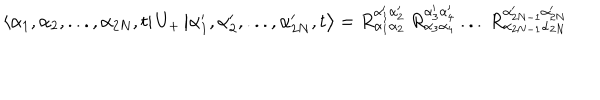
LaTeX: \left\langle \alpha _ { 1 } , \alpha _ { 2 } , . . . , \alpha _ { 2 N } , t \right| U _ { + } \left| \alpha _ { 1 } ^ { \prime } , \alpha _ { 2 } ^ { \prime } , . . . , \alpha _ { 2 N } ^ { \prime } , t \right\rangle = R _ { \alpha _ { 1 } \alpha _ { 2 } } ^ { \alpha _ { 1 } ^ { \prime } \alpha _ { 2 } ^ { \prime } } \: R _ { \alpha _ { 3 } \alpha _ { 4 } } ^ { \alpha _ { 3 } ^ { \prime } \alpha _ { 4 } ^ { \prime } } \: . . . \: R _ { \alpha _ { 2 N - 1 } \alpha _ { 2 N } } ^ { \alpha _ { 2 N - 1 } ^ { \prime } \alpha _ { 2 N } ^ { \prime } }